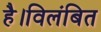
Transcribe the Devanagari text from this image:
है।विलंबित